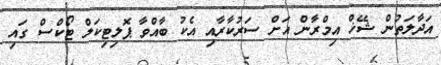
އަދާލަތުން ޝޭޚް އިމްރާން އަށް ސަރުކާރާއި އެކު ބާއްވާ ޕޮލިޓިކަލް ޓޯކްސް ގައި